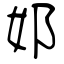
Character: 邚